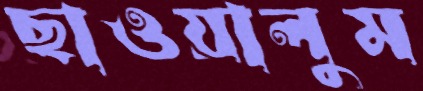
ছাওয়ালুম